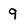
Character: 9